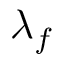
\lambda _ { f }